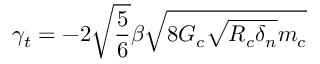
\gamma _ { t } = - 2 \sqrt { \frac { 5 } { 6 } } \beta \sqrt { 8 G _ { c } \sqrt { R _ { c } \delta _ { n } } m _ { c } }